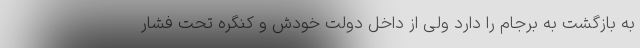
به بازگشت به برجام را دارد ولی از داخل دولت خودش و کنگره تحت فشار